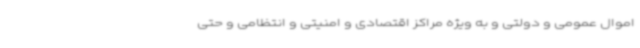
اموال عمومی و دولتی و به ویژه مراکز اقتصادی و امنیتی و انتظامی و حتی